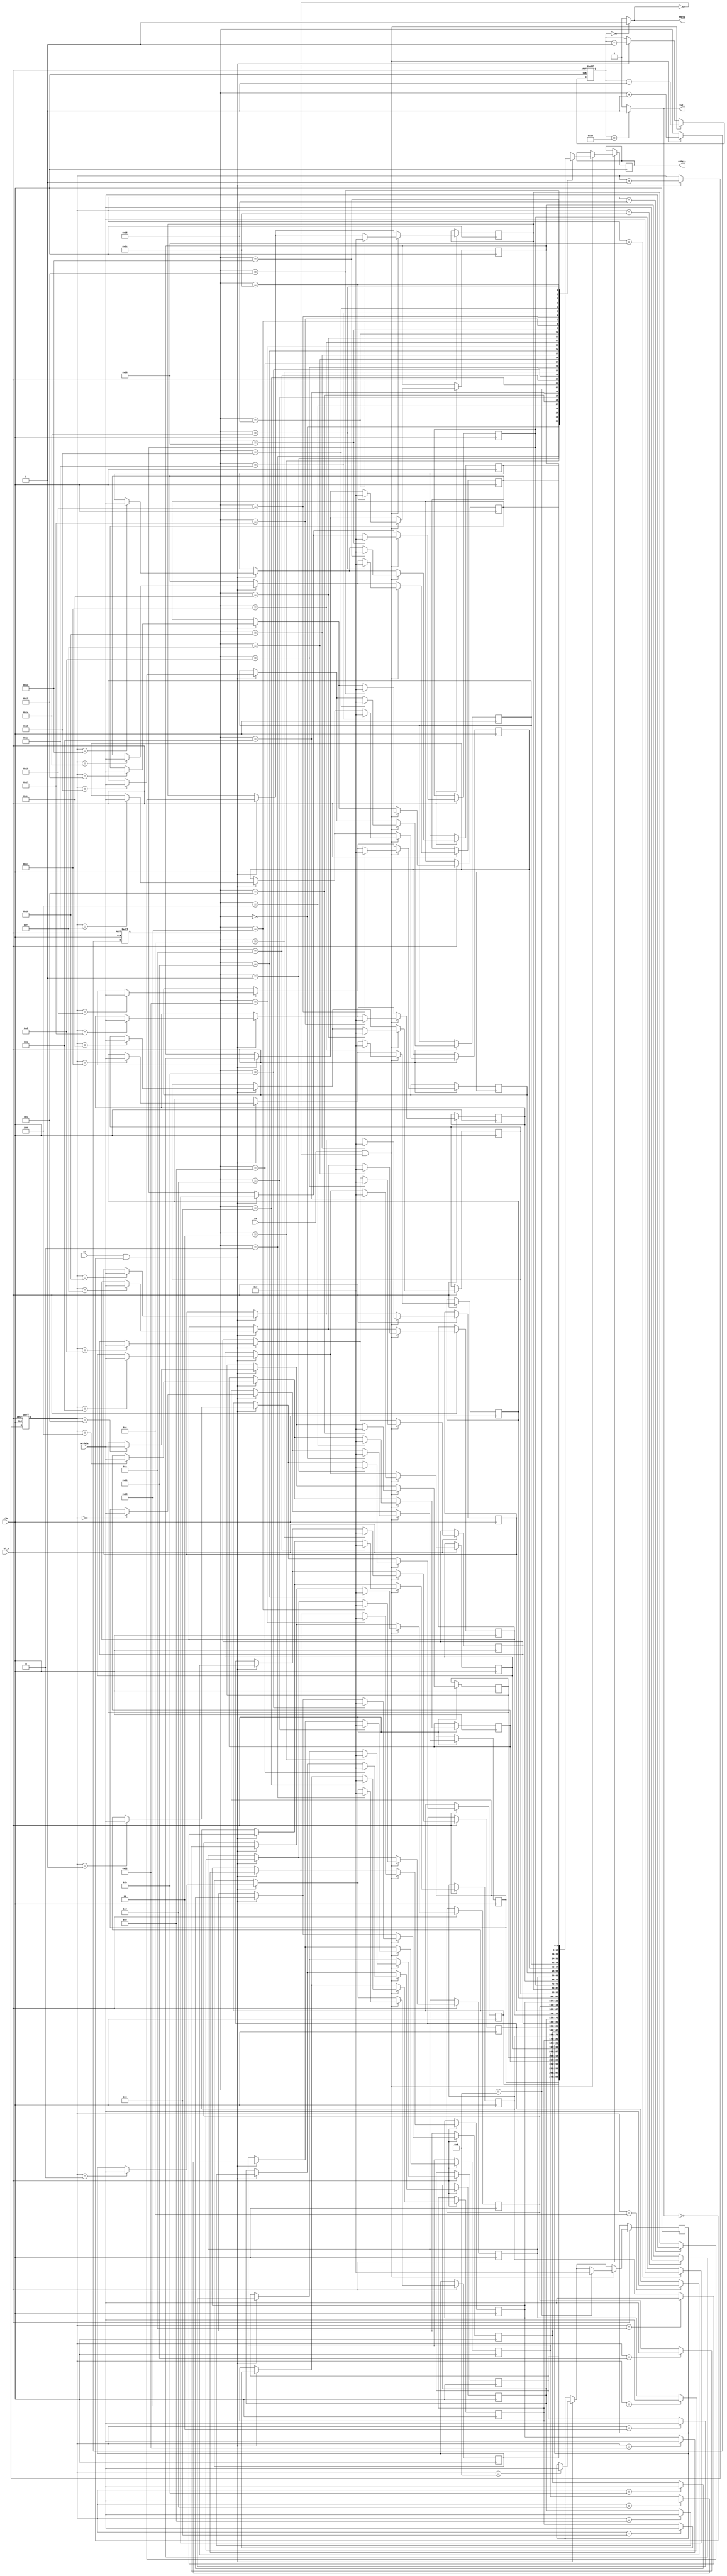
module spi_fifo
#(parameter WIDTH = 5)
(
	input  wire 		clk,
	input  wire 		rst_n,
	input  wire 		wr,
	input  wire 		rd,
	input  wire[7:0] 	wrdata,
	output reg [7:0]	rddata,
	output wire 		empty,
	output wire 		full	
);

//buffer
reg[7:0] buffer[0:(2 ** WIDTH - 1)];

//initial begin
//	$readmemb("C:/Users/Hm/Desktop/CM3/sim/buffer.hex",buffer);
//end

//
reg[WIDTH-1:0]		wr_ptr,rd_ptr;
reg[WIDTH  :0]		count;


//fifo
always@(posedge clk or negedge rst_n)
begin
	if(!rst_n)begin
		wr_ptr <= {WIDTH{1'b0}};
		rd_ptr <= {WIDTH{1'b0}};
		count  <= {WIDTH{1'b0}};
	end
	else begin
		if(wr && !full)begin
			buffer[wr_ptr] <= wrdata;
			wr_ptr <= wr_ptr + 1'b1;
			count  <= count + 1'b1;
		end
		if(rd && !empty)begin
			rddata <= buffer[rd_ptr];
			buffer[rd_ptr] <= 8'h0;
			rd_ptr <= rd_ptr + 1'b1;
			count  <= count - 1'b1;
		end
	end
end


//,
assign empty = (count == {1'b0,{WIDTH{1'b0}}})?1'b1:1'b0;
assign full  = (count == {1'b1,{WIDTH{1'b0}}})?1'b1:1'b0;

endmodule